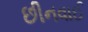
છીનવાઈ